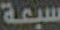
سبعة